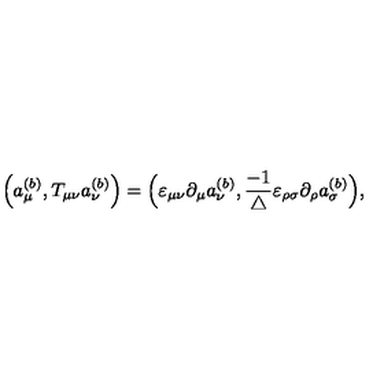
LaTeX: \Big ( a _ { \mu } ^ { ( b ) } , T _ { \mu \nu } a _ { \nu } ^ { ( b ) } \Big ) = \Big ( \varepsilon _ { \mu \nu } \partial _ { \mu } a _ { \nu } ^ { ( b ) } , \frac { - 1 } { \triangle } \varepsilon _ { \rho \sigma } \partial _ { \rho } a _ { \sigma } ^ { ( b ) } \Big ) ,